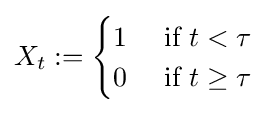
X_{t}:={\begin{cases}1&{\text{ if }}t<\tau \\0&{\text{ if }}t\geq \tau \end{cases}}